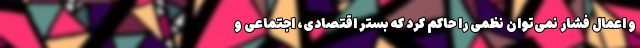
و اعمال فشار نمی‌توان نظمی را حاکم کرد که بستر اقتصادی، اجتماعی و